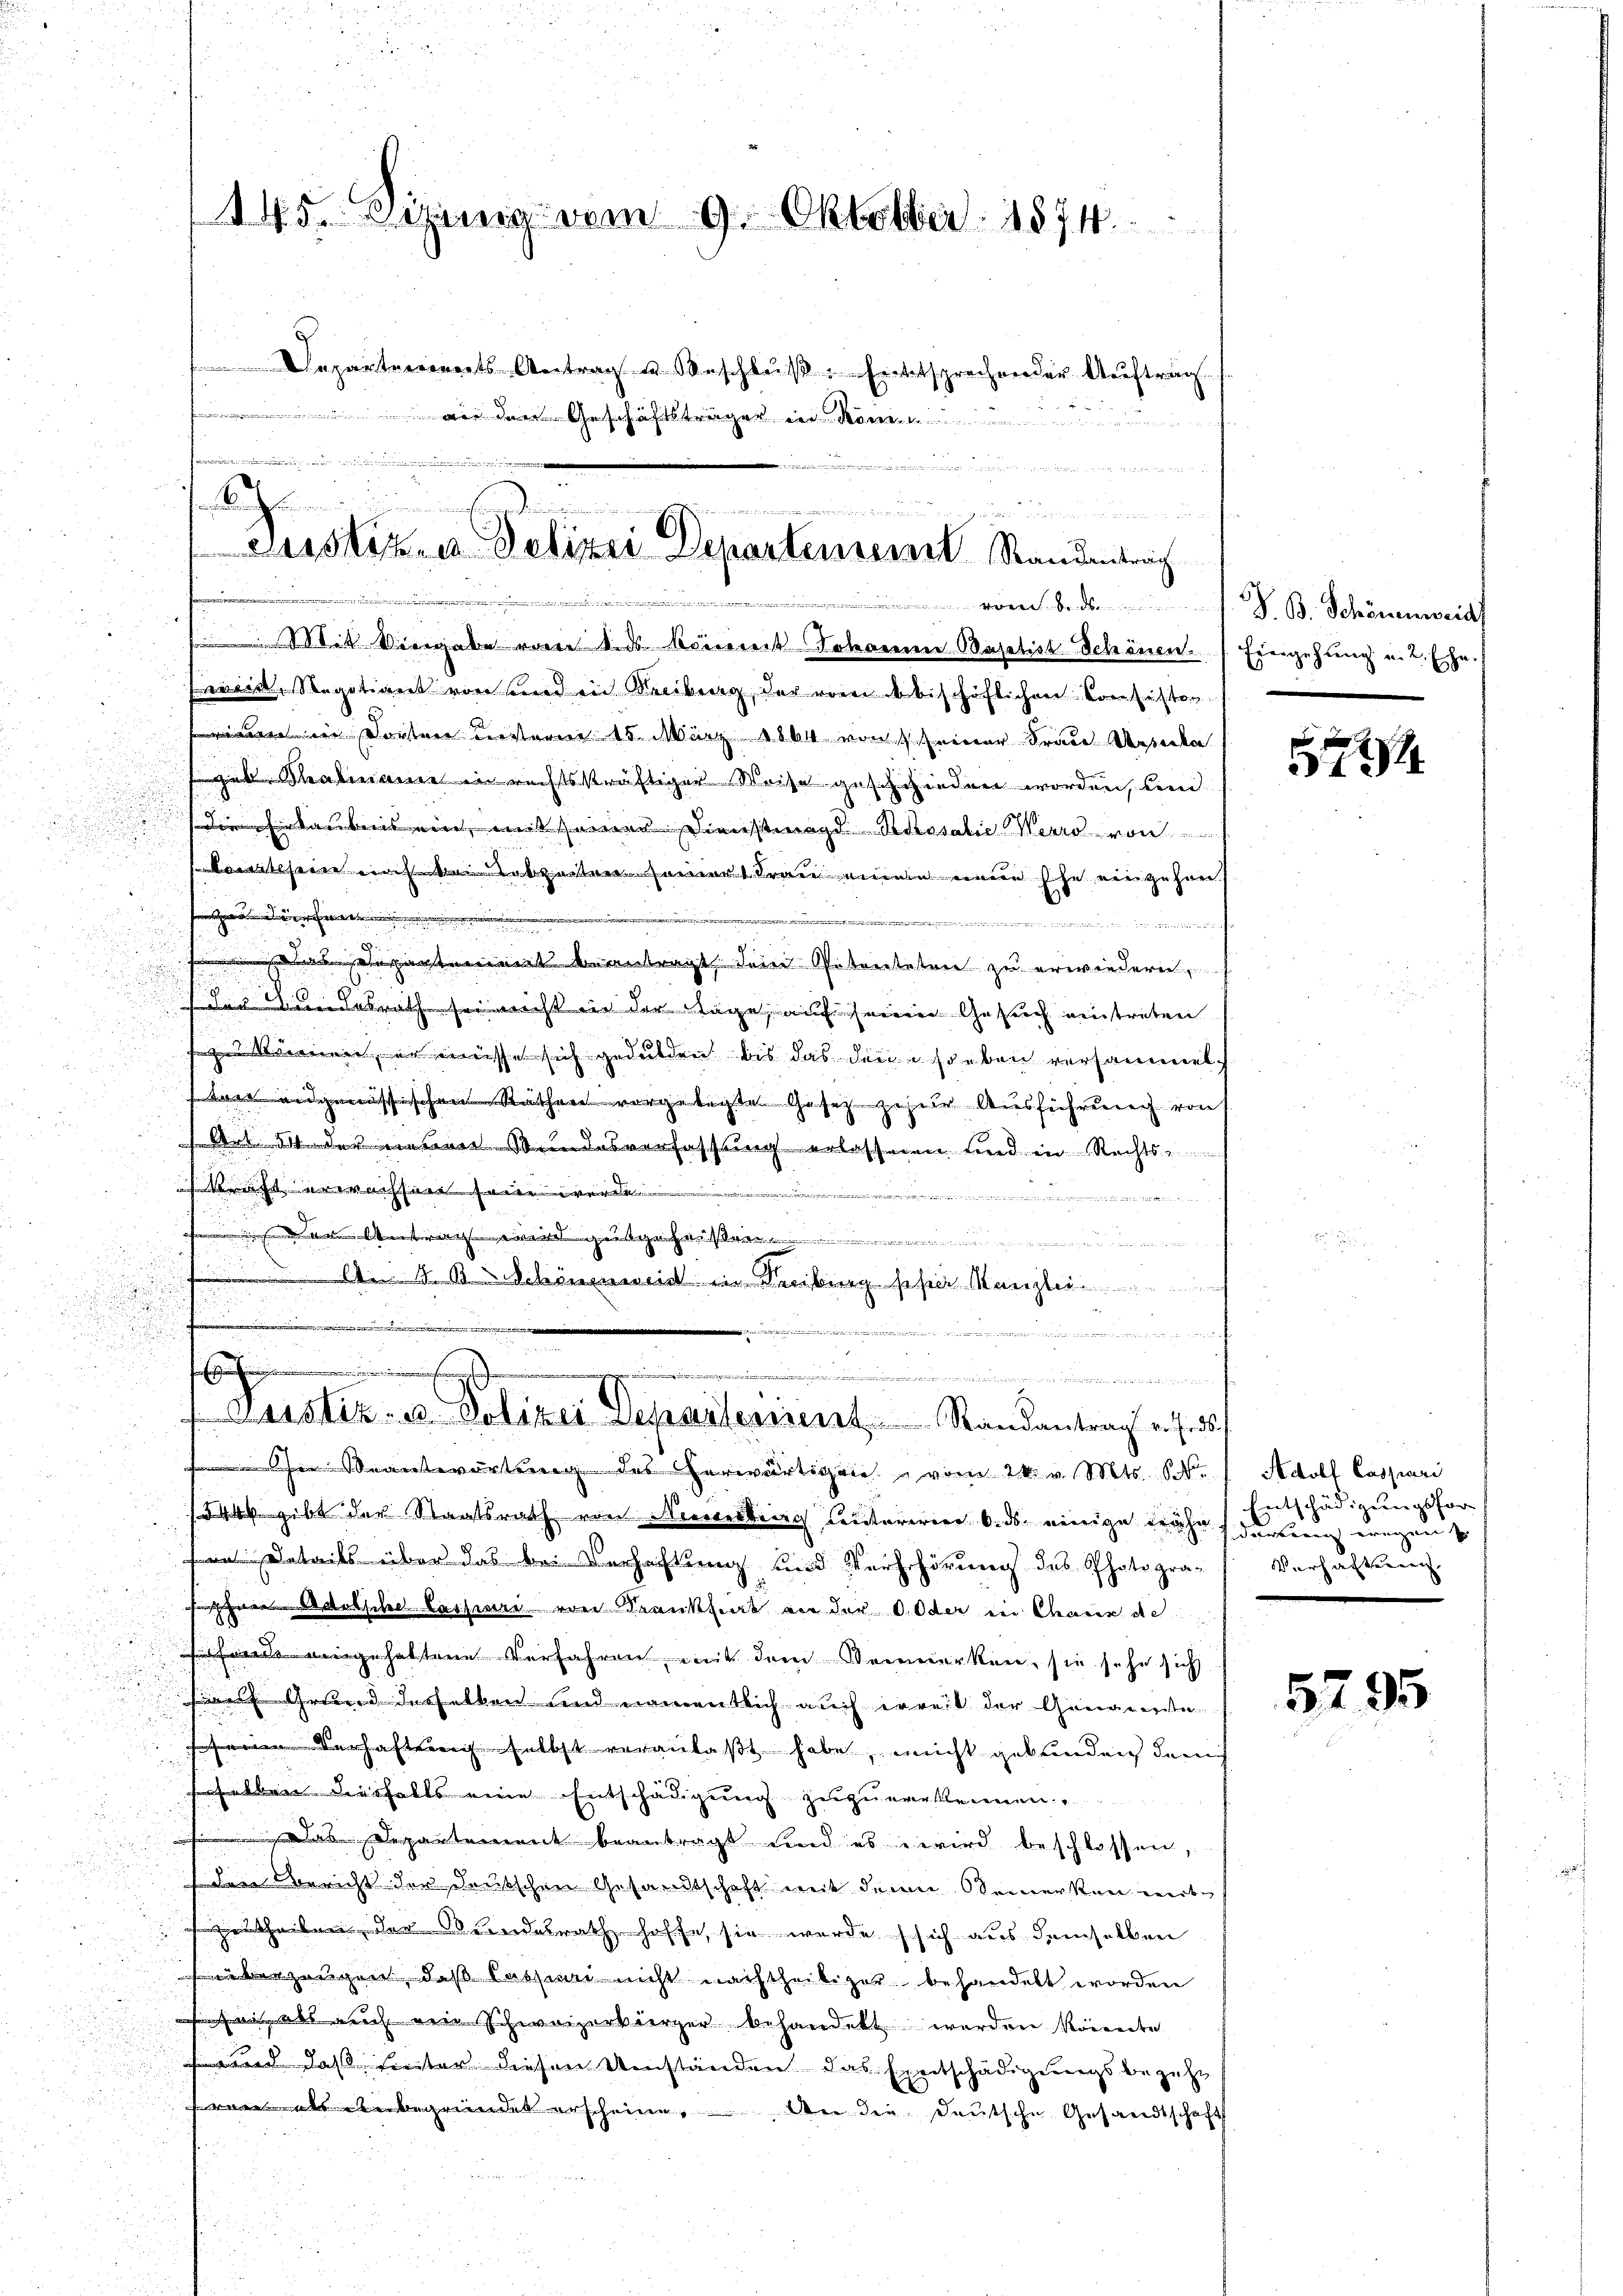
u

¬
.

145. Sizung vom 9. Oktober 1874.
Departenirents-Antrag u. Beschluß: Entsprechender Auftrag
 den Geschäftsträger in Kön

an
.

.
e
Justiz- u Polizei Departement Standentrach
.

i Viergabe von des Römereit Johann Baptist Schönen Eingehung u. L. Ehe.
weid, Segation von sind in Kreiburg, der vom bischöflichen Consistor
i dorten unterm 15. März 1864 von seiner Frau Asseka
geb Salmanne in rechtskräftiger Weise geschieden worden, und
Die heraubnis ein, mit seiner Dienstmagd Schosalie Herr von
e
tseine noch kein Lebzeitersammert Frau einen einen Ehe eingehen,
1
a dürfen
a
.

e

nanten beantragt, den Petentetrie zu erwiedern,
u
 der Bundesrath sei nicht in der Tage, auf seinen Gesuch eintreten

sagen Sinneren, er müsse sich gedulden bis das den soeben versammel
staer eidgenössischen Rathen vorgelegten Gesetz zur Ausführung von
 Art. 54 der neuen Bundesverfassung erlassenen und in Rechts-
sricht erwachseer sein werde
e
e
¬
.
.
eantwortung des herwärtigen vom 24. v. Mts. 1.
1544, gibt der Staatsrath von Nerverbiirg Centararien 6. ds. einige der deren wegen
n Details über das bei Verhaftung und Verhehörung des Photografchen Rautsche Cassari von Krankheit an der OOder in Chaux de
ende eingehaltene Verfahren mit dem Vermerken, sie sehe sich
sers Grund desselben und namentlich auch erreit der Genauerste
Verhaftung selbst veranlaßt habe, nicht gebunden dem
sselben diesfalls eine Entschädigung zuzuerkennen.
Das Departement beantragt und es wird beschlossen,
den Bericht der deutschen Gesandtschaft mit dem Bemerken miturtheilen, der Bundesrath hoffe, sie wurde sich aus demselben
berzeugen, daß Cassimi nicht nachtheiliget behandelt worden
sehen als auch ein Schweizerbürger behandelt werden könnte
d daß siester diesen Umständen das Entschädigungsbezuhe
ran als unbegründet erscheine, An die deutsche Gesandtschaft

s einen gegen seinem
An Schönenreich in Freiburg seher Kanzlei

.
.en in eine
"
Justiz- u Polizei Separtement. Randantrag v. Ends

G. B. Schönenweid

r

Adolf Caspari
Entschädigungsfor
Versachtung.

5795